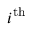
i ^ { \mathrm { t h } }